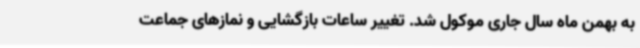
به بهمن ماه سال جاری موکول شد. تغییر ساعات بازگشایی و نمازهای جماعت